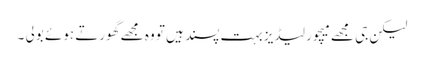
لیکن جی مجھے میچور لیڈیز بہت پسند ہیں تو وہ مجھے گھورتے ہوئے بولی ۔